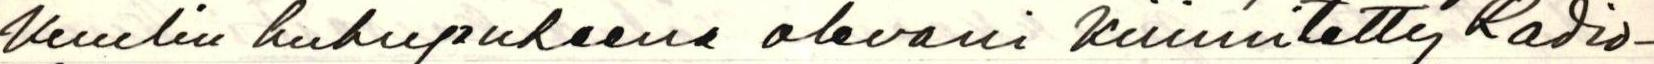
Kuulin huhupuheena olevani kiinnitetty Radio-